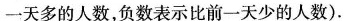
一天多的人数，负数表示比前一天少的人数)